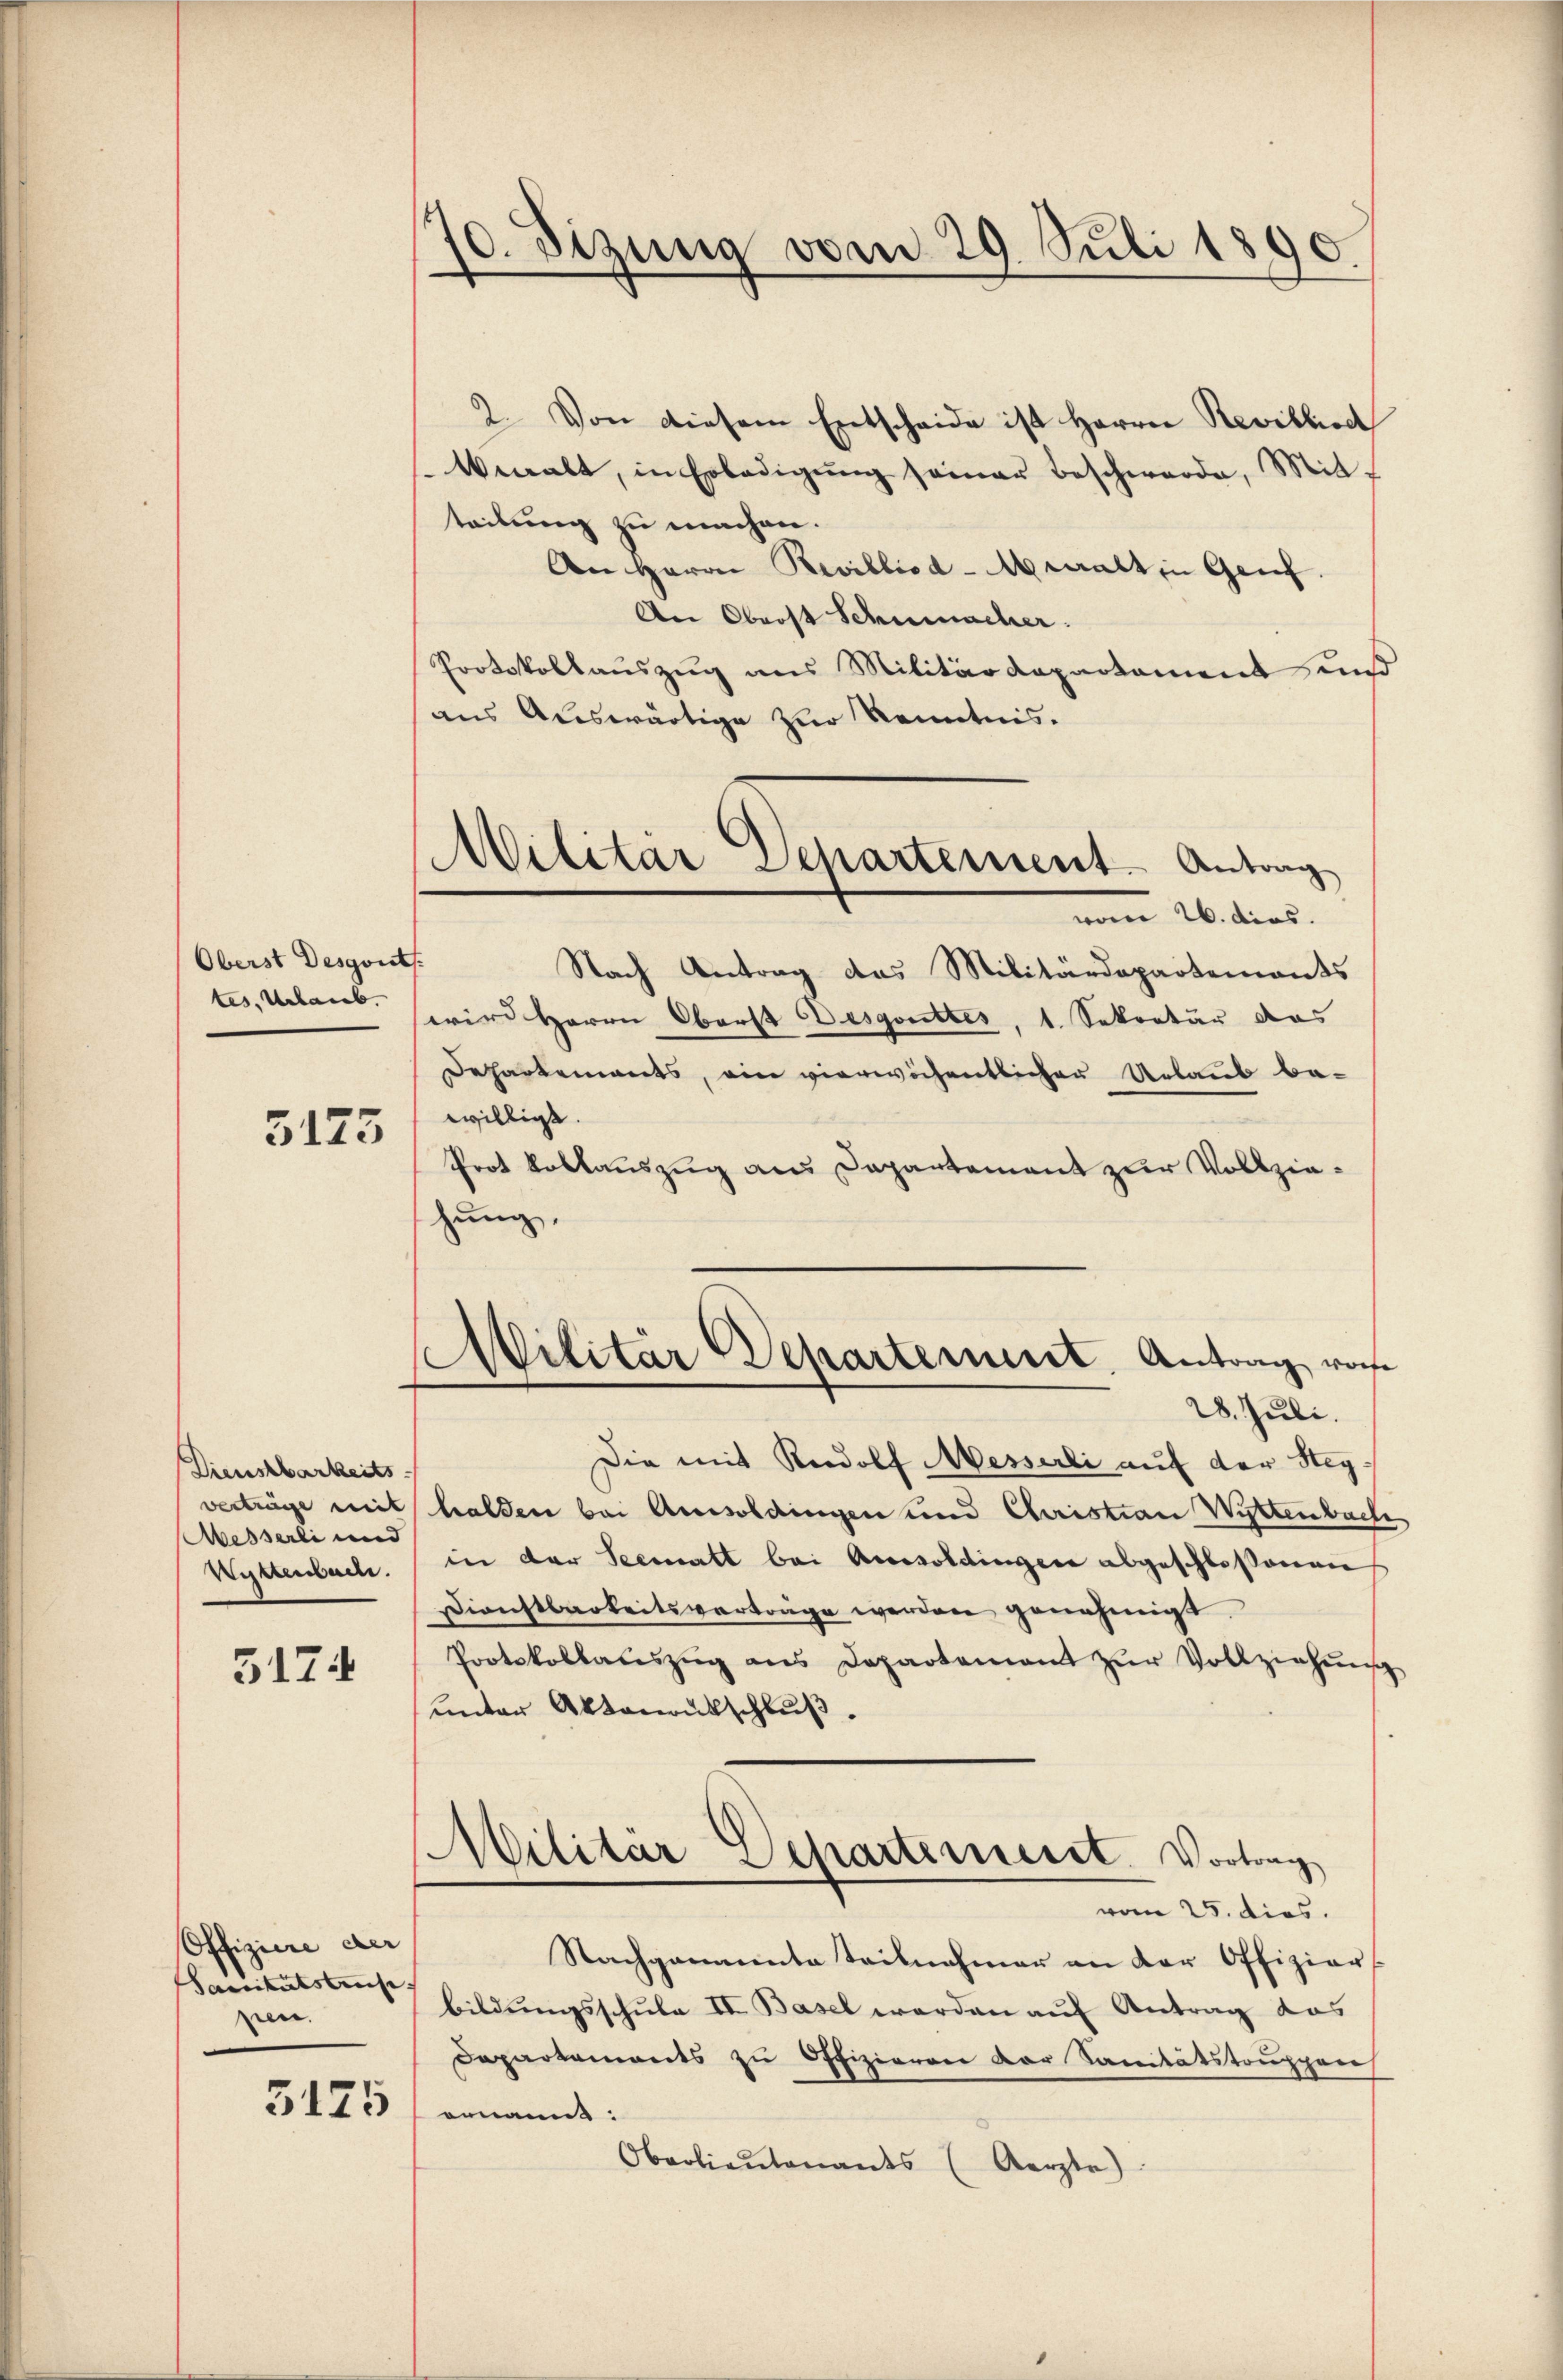
Oberst Desgoist
tes, Urlaub.
3173

Dienstbarkeits
verträge mit
Messerli und
Wüttenbach.

5174

Offiziere der
Sanitätstrafe.
pen.

3125

70. Sizung vom 29. Juli 1890

Militär Departement. Antrag
vom 26. dies

2. Von diesem Entscheide ist Herren Revillisc
Venalt, in Erledigŭng seiner Beschwerde, Mit-
teilung zu machen.
An Herrn Revillioa-Mewalt in Genf.
An Oberst Schumacher.
Protokollauszug aus Militärdepartament und
aus Auswärtige zur Kenntnis.
Nach Antrag das Militärdepartements
wird Herrn Oberst Desgottes, 1. Sekretär das
Departements, ein vierwöchentlichen Urlaub be-
willigt.
Prot Vollauszug aus Departement zur Vollziehung,
Militär Departement. Antrag vorhe
28. Juli.
Die mit Rudolf Messerli auf der Steghalden bei Amisoldingen und Christian Wittenbach
in der Seematt bei Aussoldingen abgeschlossenen
Dienstbarkeitsverträge werden genehmigt.
Protokollauszug aus Departement zŭr Vollziehŭng
unter Aktenausschluß.
Militär Departement. Vortrag
vom 25. dies.
Nachgaumente Teilnahmer an der Offizier
bildŭngsschŭle II. Basel werden aŭf Antrag das
Departements zu Offizieren der Sanitätstruppen
emanns:
Oberlieutenants (Aerzte)